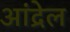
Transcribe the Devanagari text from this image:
आंद्रेल